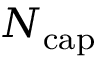
N _ { \mathrm { c a p } }